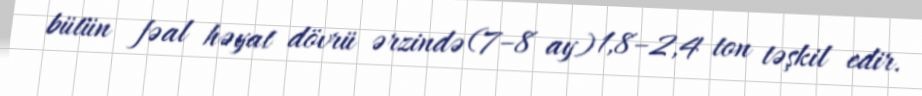
bütün fəal həyat dövrü ərzində (7–8 ay) 1,8–2,4 ton təşkil edir.